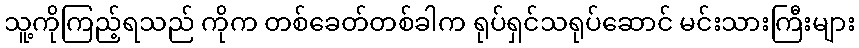
သူ့ကိုကြည့်ရသည် ကိုက တစ်ခေတ်တစ်ခါက ရုပ်ရှင်သရုပ်ဆောင် မင်းသားကြီးများ